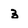
Character: 3